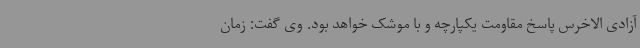
آزادی الاخرس پاسخ مقاومت یکپارچه و با موشک خواهد بود. وی گفت: زمان